Insane asylums in Bengal annual reports 1867-1875 - 1867-1875
Year: 1867
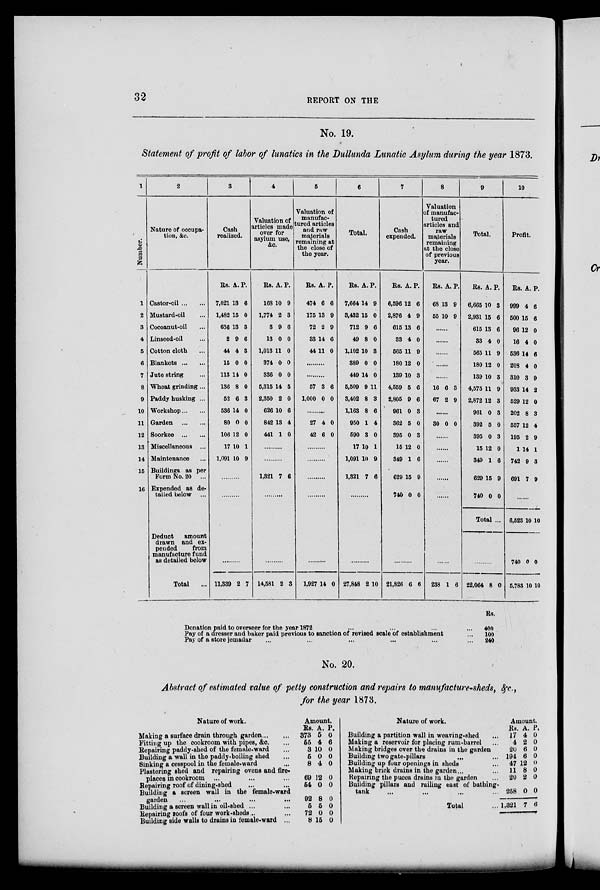
32
REPORT ON THE
No. 19.
Statement of profit of labor of lunatics in the Dullunda Lunatic Asylum during the year 1873.
1
Number.
1
2
3
4
5
6
7
8
9
10
11
12
13
14
15
16
2
Nature of occupa-
tion, &c.
Castor-oil ... ...
Mustard-oil ...
Cocoanut-oil ...
Linseed-oil ...
Cotton cloth ...
Blankets ... ...
Jute string ...
Wheat grinding ...
Paddy husking ...
Workshop ... ...
Garden
...
...
Soorkee ... ...
Miscellaneous ...
Maintenance ...
Buildings as per
Form No. 20 ...
Expended as de-
tailed below ...
3
Cash
realized.
Rs.
7,021
1,482
636
2
44
15
113
136
52
536
80
106
17
1,091
A.
13
15
13
9
4
0
14
8
6
14
0
12
10
10
P.
6
0
3
6
3
0
0
0
3
0
0
0
1
9
......
......
4
Valuation of
articles made
over for
asylum use,
&c.
Rs.
168
1,774
3
13
1,013
374
336
5,315
2,350
626
842
441
A.
10
2
9
0
11
0
0
14
2
10
13
1
P.
9
3
6
0
0
0
0
5
0
6
4
0
......
......
1,321 7 6
......
5
Valuation of
manufac-
-ured articles
and raw
materials
remaining at
the close of
the year.
Rs.
474
175
72
33
44
A.
6
13
2
14
11
P.
6
9
9
6
0
......
......
57
1,000
3
0
6
0
......
27
42
4
6
0
0
......
......
......
......
6
Total.
Rs.
7,664
3,432
712
49
1,102
389
449
5,509
3,402
1,163
950
590
17
1,091
1,321
A.
14
15
9
8
10
0
14
9
8
8
1
3
10
10
7
P.
9
0
6
0
3
0
0
11
3
6
4
0
1
9
6
......
7
Cash
expended.
Rs.
6,596
2,876
615
33
565
180
139
4,559
2,805
961
362
395
15
349
629
740
A.
12
4
13
4
11
12
10
5
9
0
5
0
12
1
15
0
P.
6
9
6
0
9
0
3
6
6
3
0
3
0
6
9
0
8
Valuation of
manufac-
-ured
articles and
raw
materials
remaining
at the close
of previous
year.
Rs.
68
55
A.
13
10
P.
9
9
......
......
......
......
......
16
67
6
2
3
9
......
30 0 0
......
......
......
......
......
9
Total.
Rs.
6,665
2,931
615
33
565
180
139
4,575
2,872
961
392
395
15
349
629
740
A.
10
15
13
4
11
12
10
11
12
0
5
0
12
1
15
0
P.
3
6
6
0
9
0
3
9
3
3
0
3
0
6
9
0
Total ...
Deduct
amount
drawn and ex-
pended
from
manufacture fund
as detailed below
Total ...
......
11,339 2 7
......
14,581 2 3
.........
1,927 14 0
......
27,848 2 10
......
21,826 6 6
......
238 1 6
......
22,064 8 0
10
Profit.
Rs.
999
500
96
16
536
208
310
933
529
202
557
195
1
742
691
A.
4
15
12
4
14
4
3
14
12
8
12
2
14
9
7
P.
6
6
0
0
6
0
9
2
0
3
4
9
1
3
9
......
6,523
740
5,783
10
0
10
10
0
10
Donation paid to overseer for the year 1872
...
...
... ...
Pay of a dresser and baker paid previous to sanction of revised scale of establishment ...
Pay of a store jemadar ... ... ... ...
Rs.
400
100
240
No. 20.
Abstract of estimated value of petty construction and repairs to manufacture-sheds, &c.,
for the year 1873.
Nature of work.
Making a surface drain through garden ... ...
Fitting up the cookroom with pipes, &c. ...
Repairing paddy-shed of the female-ward ...
Building a wall in the paddy-boiling shed ...
Sinking a cesspool in the female-ward ...
Plastering shed and repairing ovens and fire¬
places in cookroom ... ... ...
Repairing roof of dining-shed
...
...
Building a screen wall in the female-ward
garden
...
...
...
...
Building a screen wall in oil-shed ... ...
Repairing roofs of four work-sheds.. ...
Building side walls to drains in female-ward ..,
Amount.
Rs.
373
55
3
5
8
69
54
92
5
72
8
A.
5
4
10
0
4
12
0
8
5
0
15
P.
0
6
0
0
0
0
0
0
0
0
0
Nature of work.
Building a partition wall in weaving-shed ...
Making a reservoir for placing rum-barrel ...
Making bridges over the drains in the garden
Building two gate-pillars
...
...
Building up four openings in sheds ...
Making brick drains in the garden ... ...
Repairing the pucca drains in the garden ...
Building pillars and railing east of bathing-
tank ... ... ... ...
Total ...
Amount.
Rs.
17
4
20
194
47
11
20
258
1,321
A.
4
2
6
6
12
8
2
0
7
P.
0
0
0
0
0
0
0
0
6